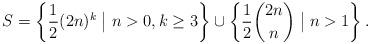
LaTeX: \begin{align*}S=\left\{ \frac{1}{2}(2n)^k \bigm\vert n>0, k\geq 3 \right\} \cup \left\{\frac{1}{2} {2n \choose n} \bigm\vert n>1 \right\}.\end{align*}